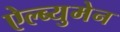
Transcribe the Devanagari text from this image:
ऐल्ब्युमेन